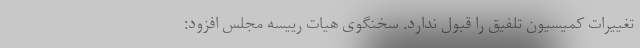
تغییرات کمیسیون تلفیق را قبول ندارد. سخنگوی هیات رییسه مجلس افزود: